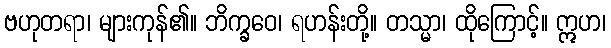
ဗဟုတရာ၊ များကုန်၏။ ဘိက္ခဝေ၊ ရဟန်းတို့။ တသ္မာ၊ ထိုကြောင့်။ ဣဟ၊